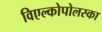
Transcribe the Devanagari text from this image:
विएल्कोपोलस्का